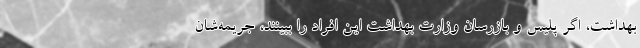
بهداشت، اگر پلیس و بازرسان وزارت بهداشت این افراد را ببینند، جریمه‌شان